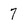
Character: 7